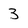
Character: 3